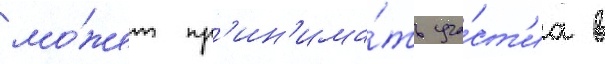
мо́жет пр'ин'има́ть уча́ст'иа в